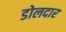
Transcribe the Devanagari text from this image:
डोलदार